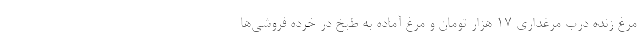
مرغ زنده درب مرغداری ۱۷ هزار تومان و مرغ آماده به طبخ در خرده فروشی‌ها